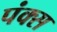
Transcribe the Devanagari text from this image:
पंक्स